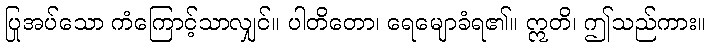
ပြုအပ်သော ကံကြောင့်သာလျှင်။ ပါတိတော၊ ရေမျောခံရ၏။ ဣတိ၊ ဤသည်ကား။